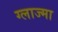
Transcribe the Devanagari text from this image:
ग्लाज्मा